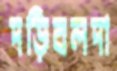
দড়িবলদা